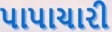
પાપાચારી